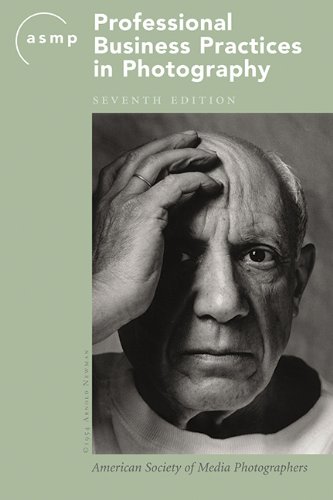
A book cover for ASMP Professional Business Practices in Photography; American Society of Media Photographers; Arts & Photography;